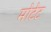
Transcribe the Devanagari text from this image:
मोटेट